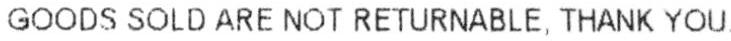
GOODS SOLD ARE NOT RETURNABLE, THANK YOU.